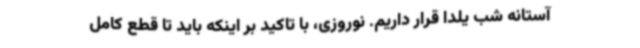
آستانه شب یلدا قرار داریم. نوروزی، با تاکید بر اینکه باید تا قطع کامل